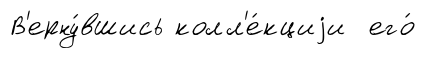
В'ерну́вшись колл'е́кциjи его́